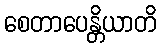
စေတာပေန္တိယာတိ